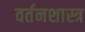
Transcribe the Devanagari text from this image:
वर्तनशास्त्र